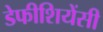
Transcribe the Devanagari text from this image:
डेफीशियेंसी